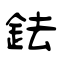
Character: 鉣